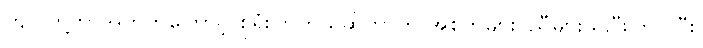
ကျုပ်တို့ဘာအတွက်ကြောင့် စုရုံးကြတယ်ဆိုတာကို အစ်ကိုများ၊ ညီများသိပြီးကြပါပြီး၊